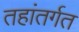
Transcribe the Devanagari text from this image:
तहांतर्गत